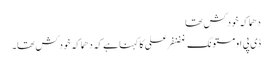
دھماکہ خودکش تھا
ڈی پی او مستونگ غضنفر علی کا کہنا ہے کہ دھماکہ خودکش تھا۔